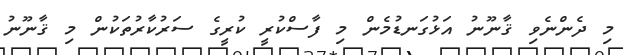
މި ދެންނެވި ޤާނޫނު އަޅުގަނޑުމެން މި ފާސްކުރީ ކުރީގެ ސަރުކާރުތަކުން މި ޤާނޫނު